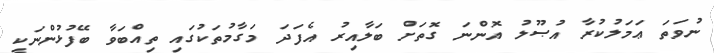
ނުވަތަ ޢަމަލުކުރާ އުޞޫލު އޮންނަ ގޮތަށް ބަލާއިރު އެފަދަ މަގާމުތަކުގައި ތިއްބަވާ ބޭފުޅުންނަކީ